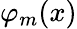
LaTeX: \varphi_{m}(x)